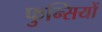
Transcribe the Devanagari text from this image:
फुन्सियों